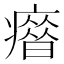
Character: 𰤄